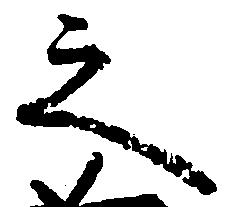
之